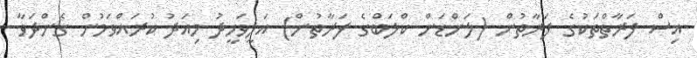
އިސް ފަރާތްތަކުގެ ފަރާތުން (ލަންޑަން ކްލަބްގެ ފަރާތުން) އަލީވަހީދު މިއަދު ކުރައްވަމުން ގެންދަވާ